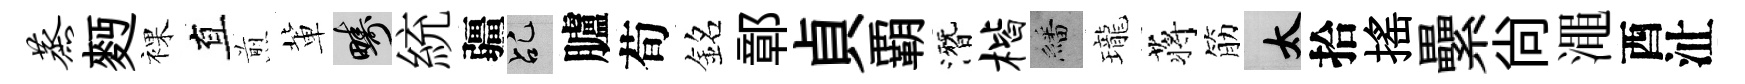
蒸麪裸直煎軰疇統疆乩臚荀銘鄣貞覇潛楷繙瓏蒋筋太拾揺纍尙澠酉沚